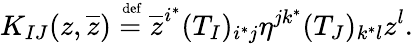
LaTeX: K_{IJ}(z,\overline{{z}})\stackrel{\mathrm{\scriptsize~def}}{=}\overline{{z}}^{i^{*}}(T_{I})_{i^{*}j}\eta^{jk^{*}}(T_{J})_{k^{*}l}z^{l}.